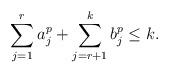
LaTeX: \begin{align*}\sum_{j=1}^ra_j^p+\sum_{j=r+1}^kb_j^p\leq k.\end{align*}